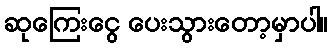
ဆုကြေးငွေ ပေးသွားတော့မှာပါ။